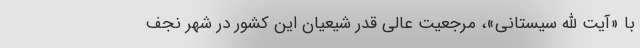
با «آیت الله سیستانی»، مرجعیت عالی قدر شیعیان این کشور در شهر نجف